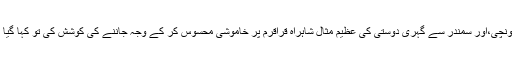
دو عظیم ممالک کے مابین شہد سے میٹھی ،ہمالیہ کے پہاڑوں سے اونچی،اور سمندر سے گہری دوستی کی عظیم مثال شاہراہ قراقرم پر خاموشی محسوس کر کے وجہ جاننے کی کوشش کی تو کہا گیا کہ کوہستان کے علاقے ہربن کے مقام پر عوام کا احتجاج ہو رہا ہے۔